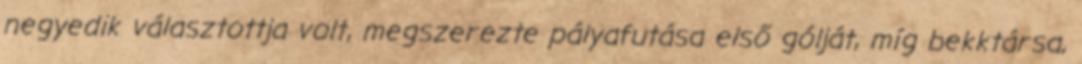
negyedik választottja volt, megszerezte pályafutása első gólját, míg bekktársa,